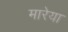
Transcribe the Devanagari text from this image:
मारेया